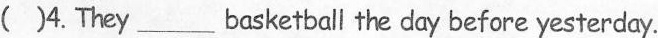
(）4.They___ basketball the day before yesterday.